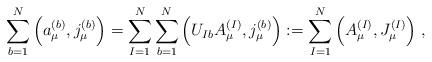
LaTeX: \begin{align*}\sum_{b=1}^N \Big( a_\mu^{(b)},j_\mu^{(b)} \Big) =\sum_{I=1}^N \sum_{b=1}^N\Big( U_{I b} A_\mu^{(I)}, j_\mu^{(b)} \Big) :=\sum_{I=1}^N \Big( A_\mu^{(I)}, J_\mu^{(I)} \Big) \; ,\end{align*}